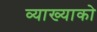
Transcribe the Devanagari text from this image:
व्याख्याको